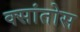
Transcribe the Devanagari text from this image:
क्सांतोस